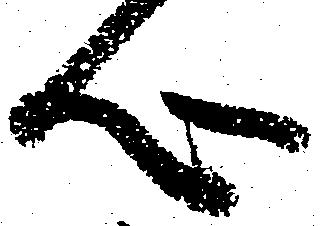
心